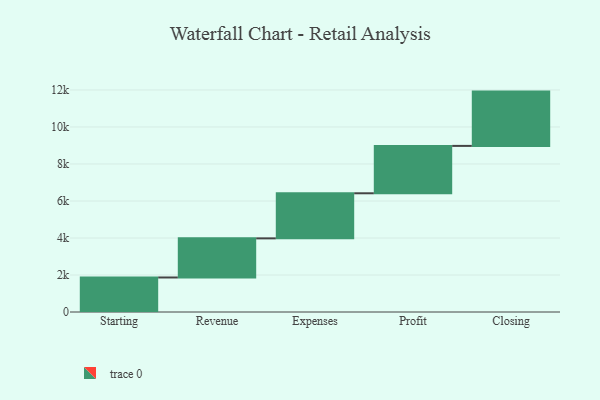
{"axis": {"x": "Step", "y": "Value"}, "legend": [""], "data": [{"x": "Starting", "y": 1866.0, "type": ""}, {"x": "Revenue", "y": 2114.0, "type": ""}, {"x": "Expenses", "y": 2437.0, "type": ""}, {"x": "Profit", "y": 2561.0, "type": ""}, {"x": "Closing", "y": 2935.0, "type": ""}]}